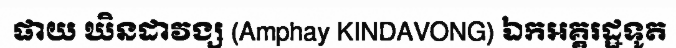
ផាយ ឃិនដាវង្ស (Amphay KINDAVONG) ឯកអគ្គរដ្ឋទូត